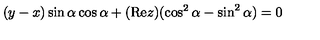
( y - x ) \sin \alpha \cos \alpha + ( \mathrm { R e } z ) ( \cos ^ { 2 } \alpha - \sin ^ { 2 } \alpha ) = 0